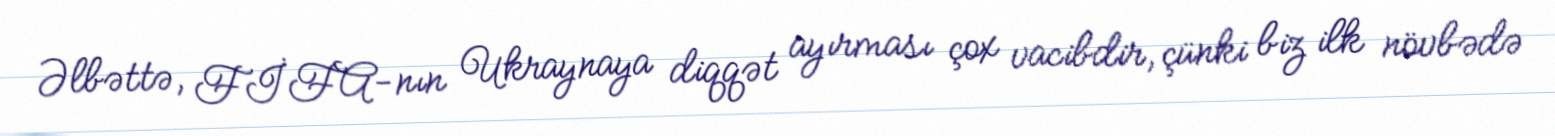
Əlbəttə, FİFA-nın Ukraynaya diqqət ayırması çox vacibdir, çünki biz ilk növbədə